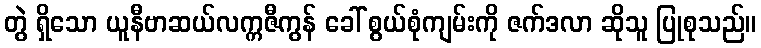
တွဲ ရှိသော ယူနီဗာဆယ်လက္ကဇီကွန် ခေါ် စွယ်စုံကျမ်းကို ဇက်ဒလာ ဆိုသူ ပြုစုသည်။